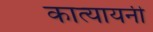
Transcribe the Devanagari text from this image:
कात्‍यायनी